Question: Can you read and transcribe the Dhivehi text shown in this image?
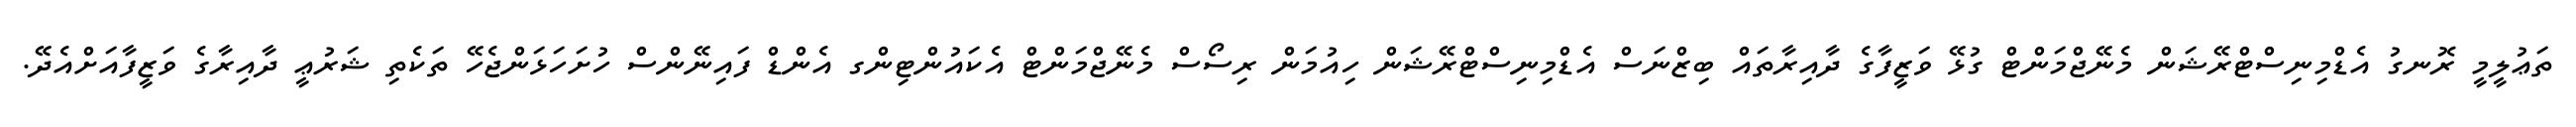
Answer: ތަޢުލީމީ ރޮނގު އެޑްމިނިސްޓްރޭޝަން މެނޭޖްމަންޓް ގުޅޭ ވަޒީފާގެ ދާއިރާތައް ބިޒްނަސް އެޑްމިނިސްޓްރޭޝަން ހިއުމަން ރިސޯސް މެނޭޖްމަންޓް އެކައުންޓިންގ އެންޑް ފައިނޭންސް ހުށަހަޅަންޖެހޭ ތަކެތި ޝަރުޢީ ދާއިރާގެ ވަޒީފާއަށްއެދޭ.